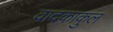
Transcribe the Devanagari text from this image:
वादकाकुल